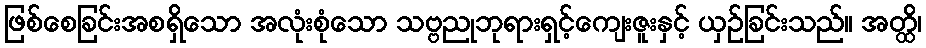
ဖြစ်စေခြင်းအစရှိသော အလုံးစုံသော သဗ္ဗညုဘုရားရှင့်ကျေးဇူးနှင့် ယှဉ်ခြင်းသည်။ အတ္ထိ၊